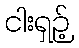
ငါးရှဉ့်